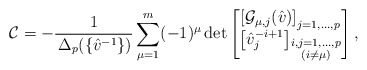
\begin{align*}\mathcal{C}=-\frac{1}{\,\Delta_p(\{\hat{v}^{-1}\})} \sum_{\mu=1}^{m}(-1)^{\mu} \det\begin{bmatrix} \left[\mathcal{G}_{\mu,j}(\hat{v})\right]_{j=1,...,p} \\ \left[\hat{v}_j^{-i+1}\right]_{\substack{i,j=1,...,p \\ (i\neq \mu)}}\end{bmatrix},\end{align*}